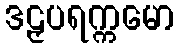
ဒဠှပရက္ကမော